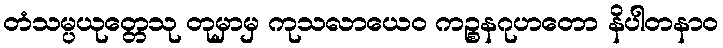
တံသမ္ပယုတ္တေသု တုမှာမှ ကုသလာယေဝ ကဉ္စနဂုဟတော နိပါတနာဝ